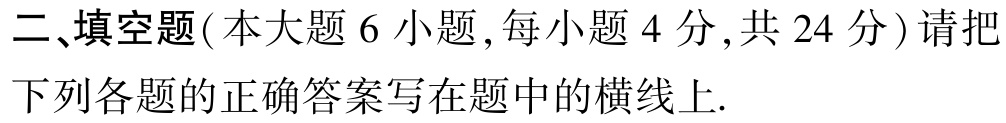
二、填空题(本大题 6 小题,每小题 4 分,共 24 分) 请把下列各题的正确答案写在题中的横线上.